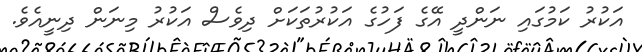
އަކުރު ކަމުގައި ނަންދީ އޭގެ ފަހުގެ އަކުރުތަކަށް ދިވެސް އަކުރު މިނަން ދިނީއެވެ.